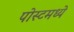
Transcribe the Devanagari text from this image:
पोस्टमध्ये